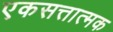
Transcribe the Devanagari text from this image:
एकसत्तात्मक